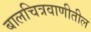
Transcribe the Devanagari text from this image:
बालचित्रवाणीतील